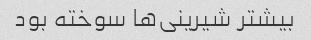
بیشتر شیرینی‌ها سوخته بود